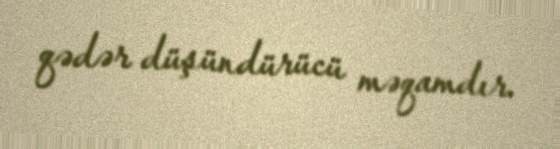
qədər düşündürücü məqamdır.